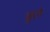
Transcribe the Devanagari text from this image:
छूले